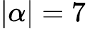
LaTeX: |\alpha|=7